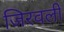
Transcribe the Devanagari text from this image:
जिरवली